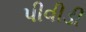
પીવીડી